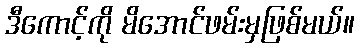
ဒီကောင့်ကို မိအောင်ဖမ်းမှဖြစ်မယ်။